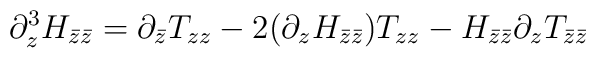
\partial_{z}^{3}H_{\bar z\bar z}=\partial_{\bar z}          			T_{zz}-2(\partial_{z}H_{\bar z\bar z})T_{zz}          			-H_{\bar z\bar z}\partial_{z}T_{\bar z\bar z}